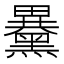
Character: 𪒕